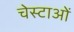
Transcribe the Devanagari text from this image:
चेस्टाओं